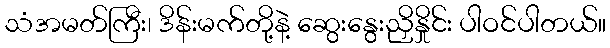
သံအမတ်ကြီး၊ ဒိန်းမက်တို့နဲ့ ဆွေးနွေးညှိနှိုင်း ပါဝင်ပါတယ်။